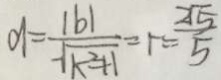
d = \frac { \vert b \vert } { \sqrt { k ^ { 2 } + 1 } } = 1 = \frac { 2 \sqrt { 5 } } { 5 }